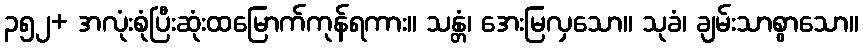
၃၅၂+ အလုံးစုံပြီးဆုံးထမြောက်ကုန်ရကား။ သန္တံ၊ အေးမြလှသော။ သုခံ၊ ချမ်းသာစွာသော။